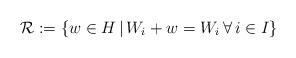
LaTeX: \begin{align*} \mathcal{R}:= \left\lbrace w\in H \, \vert \, W_i+w=W_i \, \forall \,i\in I \right\rbrace \end{align*}